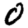
Digit: 0